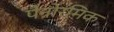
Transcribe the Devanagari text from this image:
पैनोरमिक